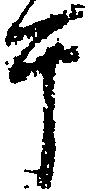
于